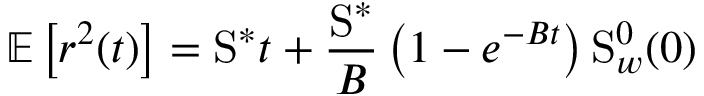
\mathbb { E } \left[ r ^ { 2 } ( t ) \right] = \mathrm { S } ^ { \ast } t + \frac { \mathrm { S } ^ { \ast } } { B } \left( 1 - e ^ { - B t } \right) \mathrm { S } _ { w } ^ { 0 } ( 0 )